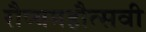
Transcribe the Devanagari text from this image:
रौप्यमहौत्सवी